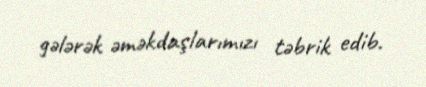
gələrək əməkdaşlarımızı təbrik edib.